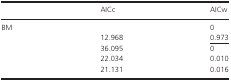
<table><thead><tr><td>[EMPTY_CELL]</td><td><b>AICc</b></td><td><b>AICw</b></td></tr></thead><tbody><tr><td>BM</td><td>[EMPTY_CELL]</td><td>0</td></tr><tr><td>[EMPTY_CELL]</td><td>12.968</td><td><underline>0.973</underline></td></tr><tr><td>[EMPTY_CELL]</td><td>36.095</td><td>0</td></tr><tr><td>[EMPTY_CELL]</td><td>22.034</td><td>0.010</td></tr><tr><td>[EMPTY_CELL]</td><td>21.131</td><td>0.016</td></tr></tbody></table>